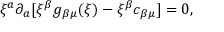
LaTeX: \xi ^ { a } \partial _ { a } [ \xi ^ { \beta } g _ { \beta \mu } ( \xi ) - \xi ^ { \beta } c _ { \beta \mu } ] = 0 ,